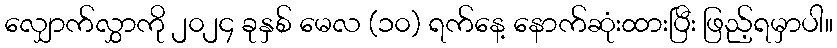
လျှောက်လွှာကို ၂၀၂၄ ခုနှစ် မေလ (၁၀) ရက်နေ့ နောက်ဆုံးထားပြီး ဖြည့်ရမှာပါ။